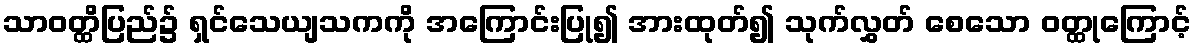
သာဝတ္ထိပြည်၌ ရှင်သေယျသကကို အကြောင်းပြု၍ အားထုတ်၍ သုက်လွှတ် စေသော ဝတ္ထုကြောင့်